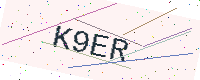
Text: K9ER